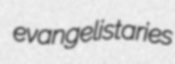
evangelistaries